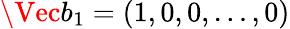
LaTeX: \Vec{b}_{1}=(1,0,0,\ldots,0)